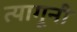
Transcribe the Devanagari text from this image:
त्यागूनी